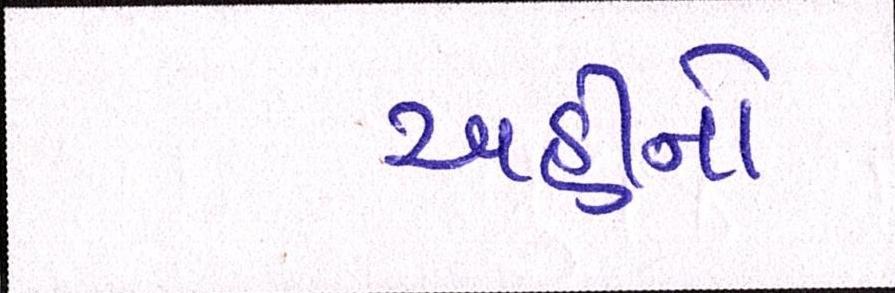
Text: અહીંનો